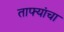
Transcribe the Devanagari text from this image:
ताफ्यांचा